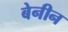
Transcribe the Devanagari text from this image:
बेनीन